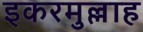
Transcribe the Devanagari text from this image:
इकरमुल्लाह